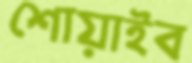
শোয়াইব